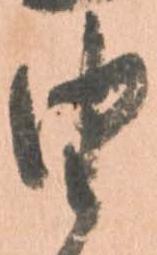
由